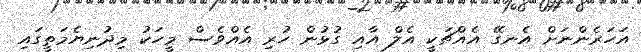
އަހަރެންނަށް އެނގޭ އެއްޗަކީ އެލް އާއި ގުޅުން ހުރި އެއްވެސް މީހަކު މިދުނިޔެމަތީގައި